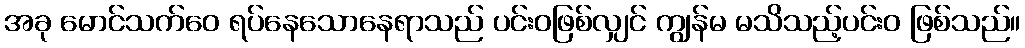
အခု မောင်သက်ဝေ ရပ်နေသောနေရာသည် ပင်းဝဖြစ်လျှင် ကျွန်မ မသိသည့်ပင်းဝ ဖြစ်သည်။